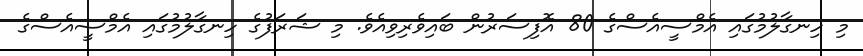
މި ހިނގާލުމުގައި އެމްސީއެސްގެ 80 އޮފިސަރުން ބައިވެރިވިއެވެ. މި ޝަރަފުގެ ހިނގާލުމުގައި އެމްސީއެސްގެ